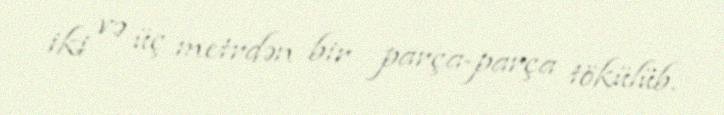
iki və üç metrdən bir parça-parça tökülüb.